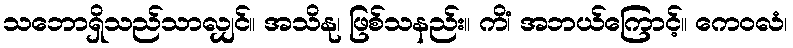
သဘောရှိသည်သာလျှင်။ အသိနု၊ ဖြစ်သနည်း။ ကိံ၊ အဘယ်ကြောင့်။ ကေဝလံ၊